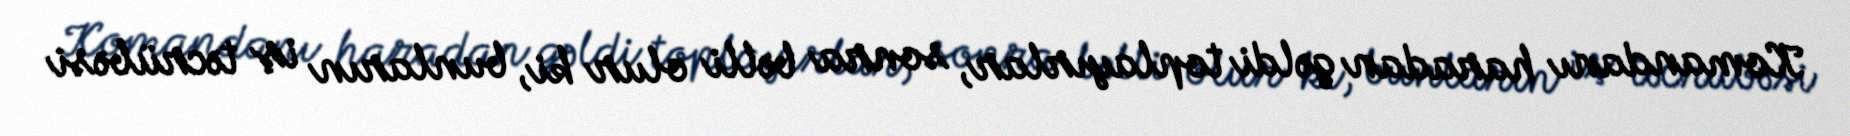
Komandanı haradan gəldi toplayırlar, sonra bəlli olur ki, bunların iş təcrübəsi